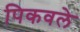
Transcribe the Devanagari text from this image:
पिकवले